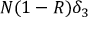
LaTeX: N ( 1 - R ) \delta _ { 3 }